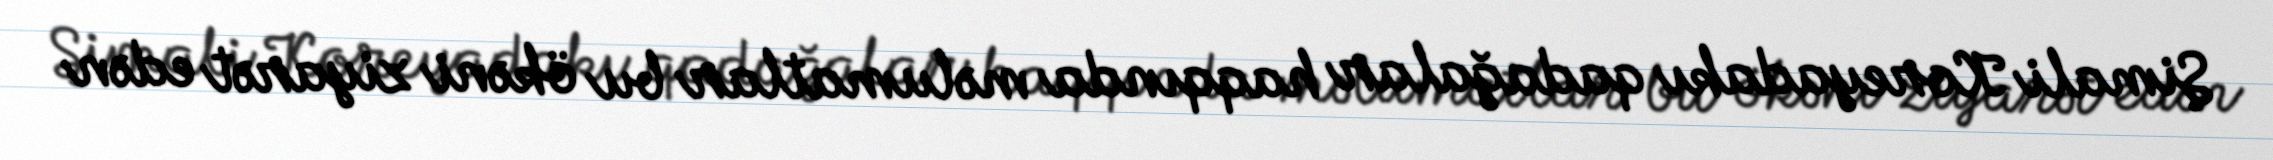
Şimali Koreyadakı qadağalar haqqında məlumatlar bu ökəni ziyarət edən